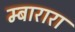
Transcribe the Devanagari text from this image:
म्बारारा